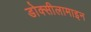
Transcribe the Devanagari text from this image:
डोक्सीलामाइन